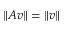
\| A v \| = \| v \|